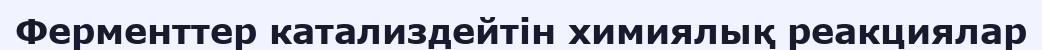
Ферменттер катализдейтін химиялық реакциялар